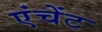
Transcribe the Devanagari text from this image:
एंचेंट